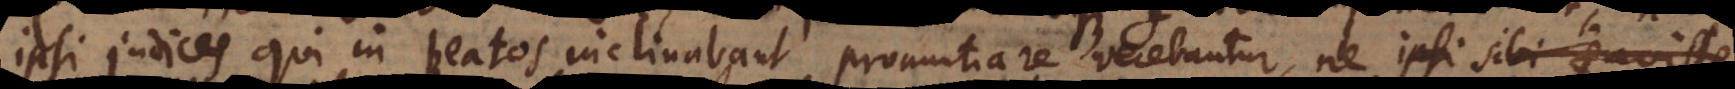
ipsi judices qui in beatos inclinabant pronuntiare verebantur, ne sibi